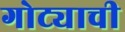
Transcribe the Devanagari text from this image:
गोट्याची